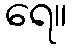
ရေ။